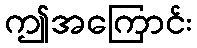
ဤအကြောင်း